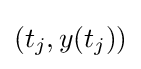
(t_{j},y(t_{j}))